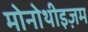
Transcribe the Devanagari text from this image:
मोनोथीइज़म